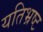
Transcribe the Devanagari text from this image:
यतिभ्रष्ट